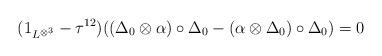
LaTeX: \begin{align*}(1_{L^{\otimes^3}}-\tau^{12})((\Delta_0 \otimes \alpha) \circ \Delta_0-(\alpha \otimes \Delta_0) \circ \Delta_0)=0\end{align*}